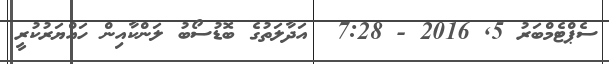
ސެޕްޓެމްބަރު 5